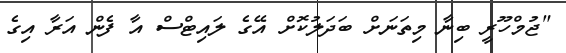
"ޖުމްހޫރީ ބިނާ މިތަނަށް ބަދަލުކޮށް އޭގެ ލައިޓްސް އާ ފެން އަރާ އިގެ